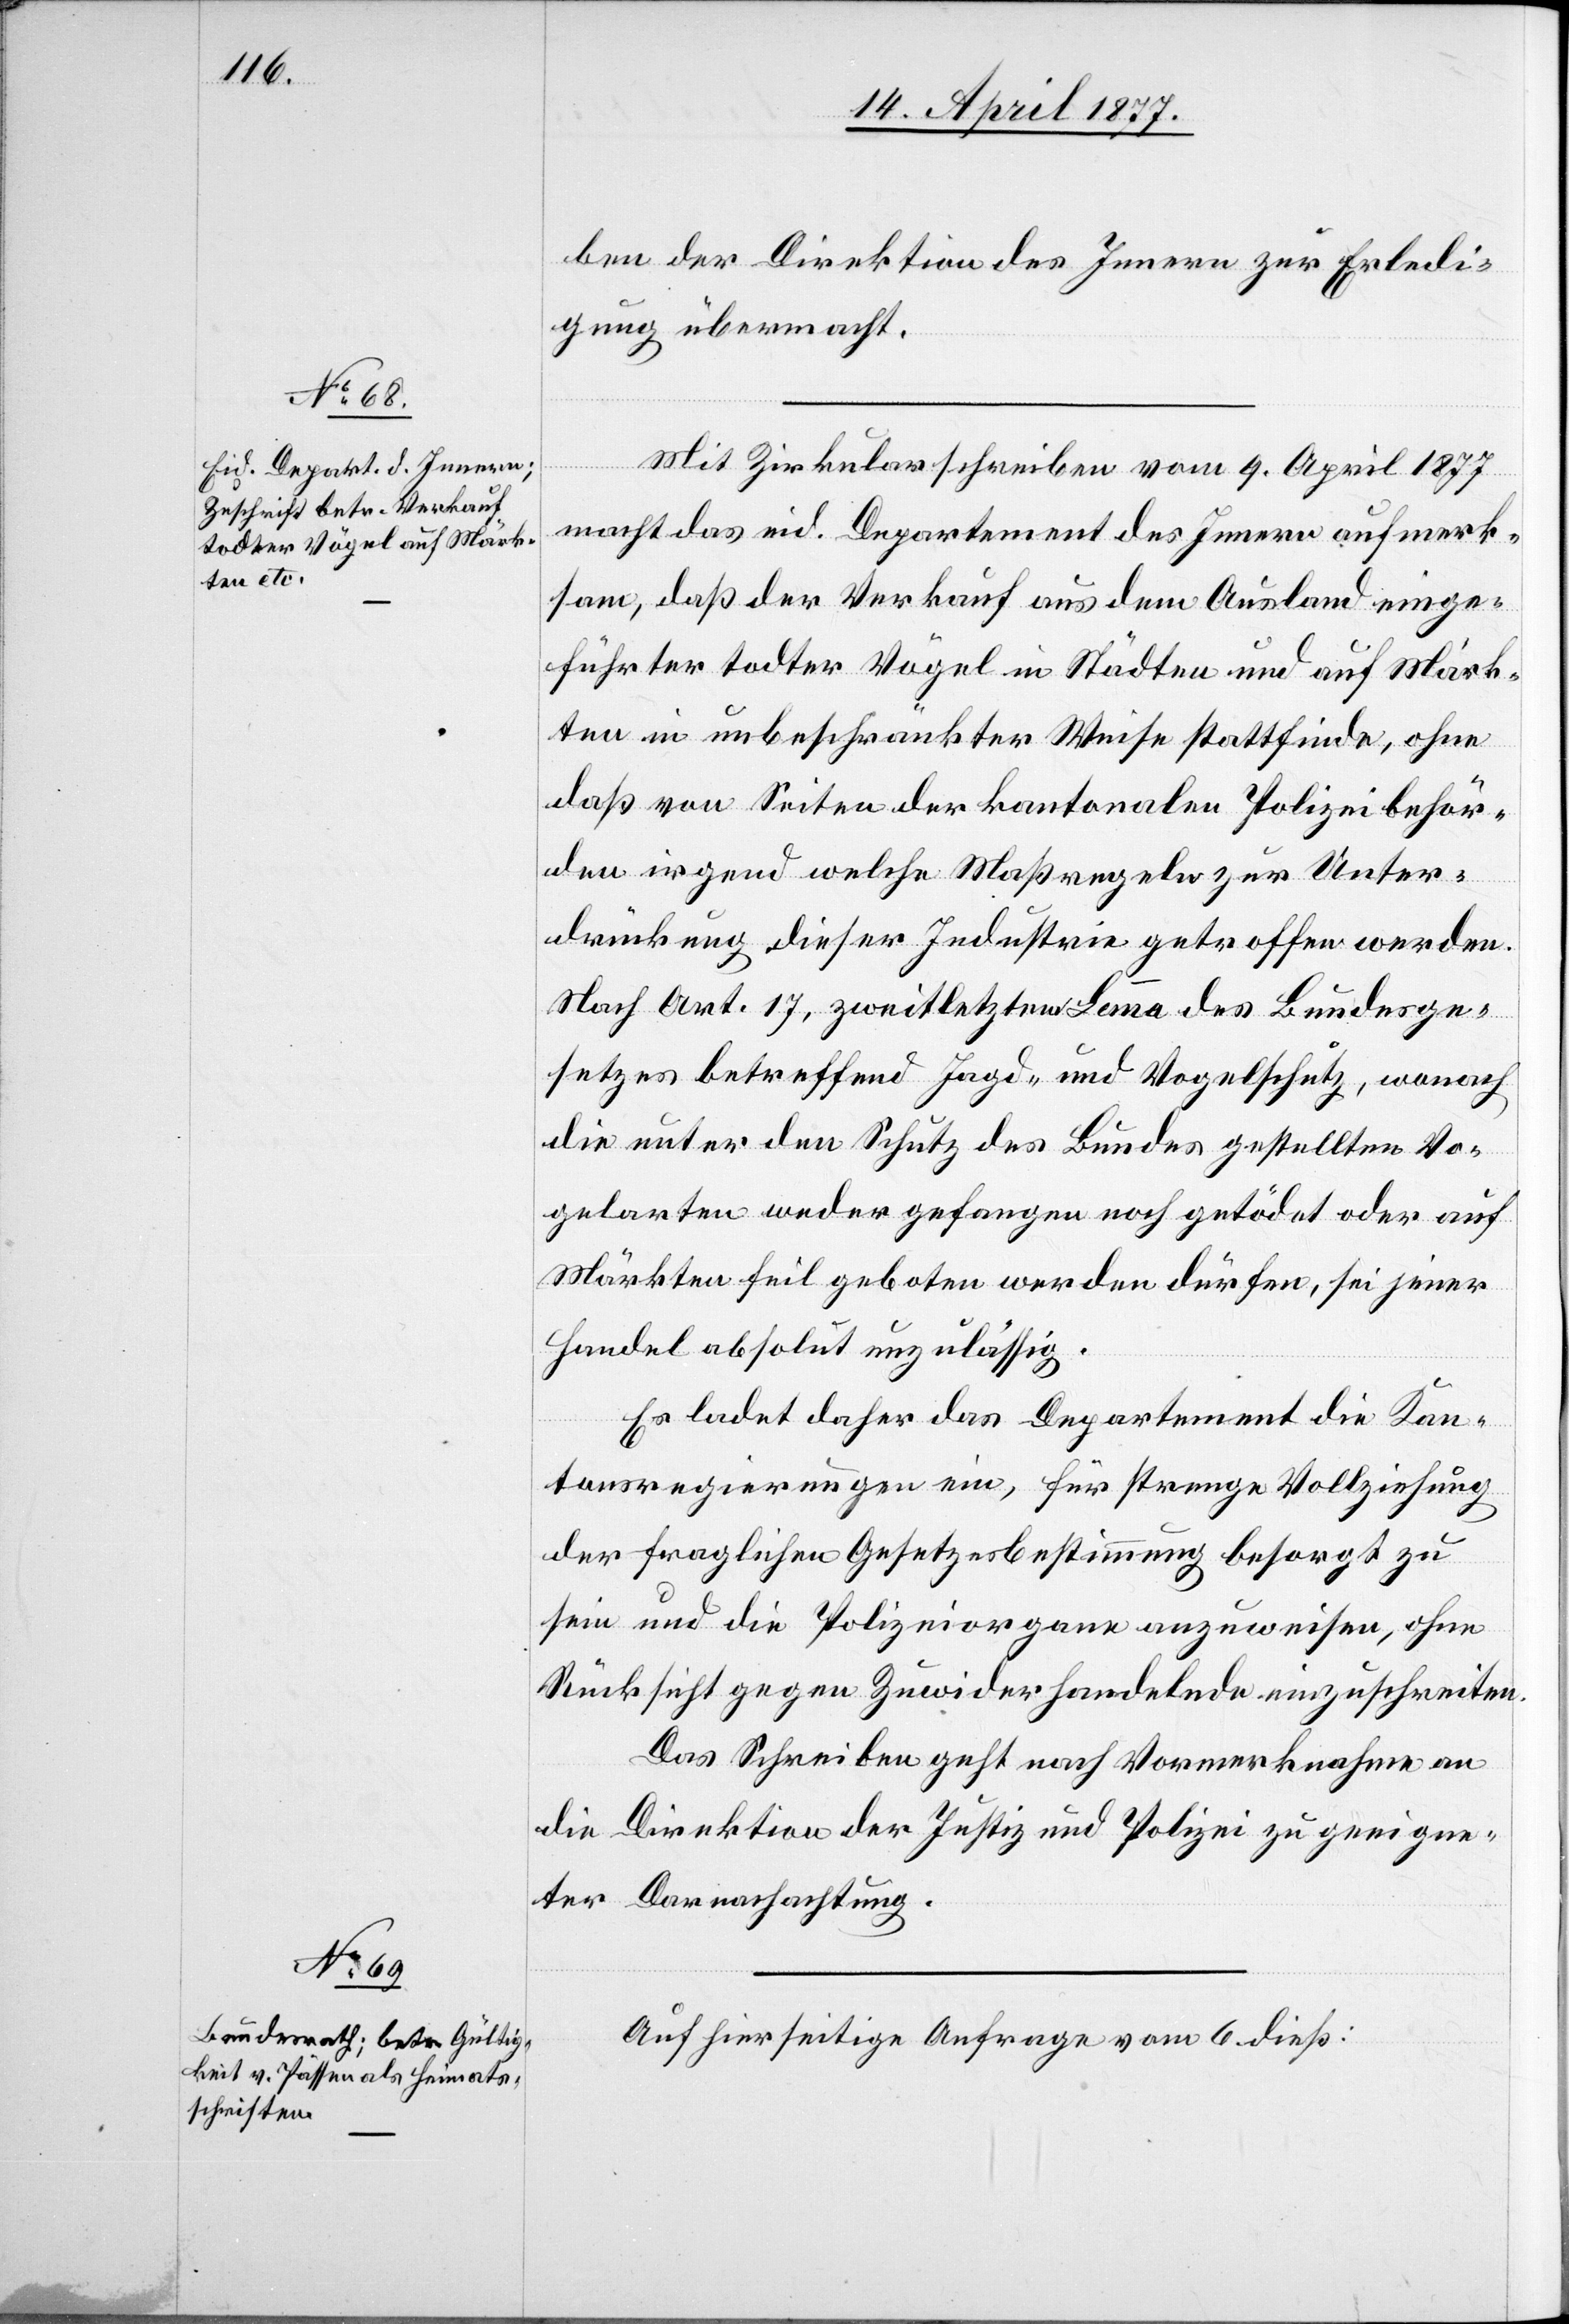
ben der Direktion des Innern zur Erledi¬
gung übermacht.
Mit Zirkularschreiben vom 9. April 1877
macht das eid. Departement des Innern aufmerk¬
sam, daß der Verkauf aus dem Ausland einge¬
führter todter Vögel in Städten und auf Märk¬
ten in unbeschränkter Weise stattfinde, ohne
daß von Seiten der kantonalen Polizeibehör¬
den irgend welche Maßregeln zur Unter¬
drückung dieser Industrie getroffen werden.
Nach Art. 17, zweitletztem Lemma des Bundesge¬
setzes betreffend Jagd- und Vogelschutz, wonach
die unter den Schutz des Bundes gestellten Vo¬
gelarten weder gefangen noch getödet oder auf
Märkten feil geboten werden dürfen, sei jener
Handel absolut unzulässig.
Es ladet daher das Departement die Kan¬
tonsregierungen ein, für strenge Vollziehung
der fraglichen Gesetzesbestimmung besorgt zu
sein und die Polizeiorgane anzuweisen, ohne
Rücksicht gegen Zuwiderhandelnde einzuschreiten.
Das Schreiben geht nach Vormerknahme an
die Direktion der Justiz und Polizei zu geeigne¬
ter Darnachachtung.
Auf hierseitige Anfrage vom 6. dieß: